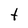
Character: t